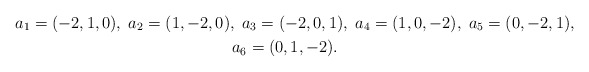
\begin{gather*}a_1=(-2,1,0),\;a_2=(1,-2,0),\;a_3=(-2,0,1),\;a_4=(1,0,-2),\; a_5=(0,-2,1),\\a_6=(0,1,-2).\end{gather*}